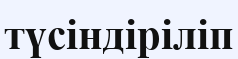
түсіндіріліп